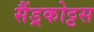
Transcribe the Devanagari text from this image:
सैंड्रकोट्टस